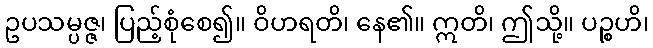
ဥပသမ္ပဇ္ဇ၊ ပြည့်စုံစေ၍။ ဝိဟရတိ၊ နေ၏။ ဣတိ၊ ဤသို့။ ပဉ္စဟိ၊